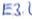
Text: E3.2